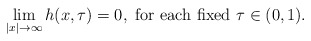
\begin{align*} \lim_{|x| \rightarrow\infty}h(x,\tau)=0, \mbox{ for each fixed $\tau\in(0,1)$}.\end{align*}